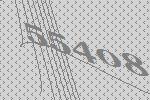
55408